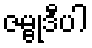
ဇမ္ဗုဒီပါ